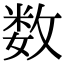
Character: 数